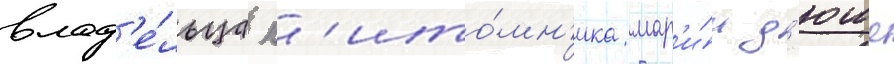
влад'е́льца п'ито́мн'ика мар'и́и д'юше